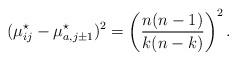
LaTeX: \begin{align*} (\mu_{ij}^\star-\mu_{a,j\pm1}^\star)^2 = \left(\frac{n(n-1)}{k(n-k)}\right)^2. \end{align*}